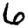
Digit: 6